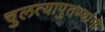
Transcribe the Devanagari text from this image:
चुलत्यापुतण्यांनी